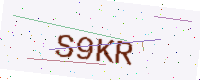
Text: S9KR